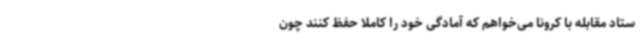
ستاد مقابله با کرونا می‌خواهم که آمادگی خود را کاملا حفظ کنند چون